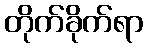
တိုက်ခိုက်ရာ